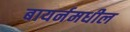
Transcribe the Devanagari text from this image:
बायर्नमधील